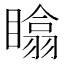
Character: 䁯